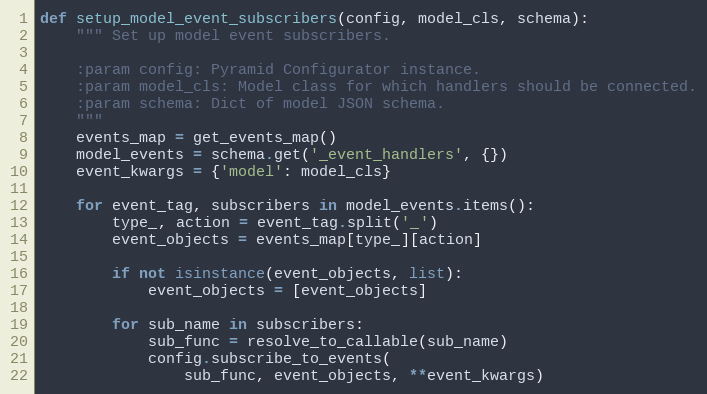
Language: Python
def setup_model_event_subscribers(config, model_cls, schema):
    """ Set up model event subscribers.

    :param config: Pyramid Configurator instance.
    :param model_cls: Model class for which handlers should be connected.
    :param schema: Dict of model JSON schema.
    """
    events_map = get_events_map()
    model_events = schema.get('_event_handlers', {})
    event_kwargs = {'model': model_cls}

    for event_tag, subscribers in model_events.items():
        type_, action = event_tag.split('_')
        event_objects = events_map[type_][action]

        if not isinstance(event_objects, list):
            event_objects = [event_objects]

        for sub_name in subscribers:
            sub_func = resolve_to_callable(sub_name)
            config.subscribe_to_events(
                sub_func, event_objects, **event_kwargs)